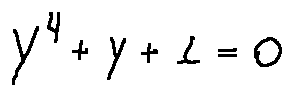
y ^ { 4 } + y + 1 = 0